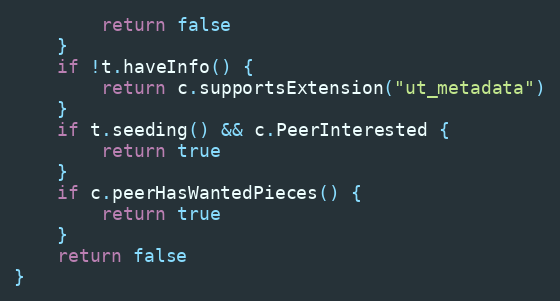
Language: Go
		return false
	}
	if !t.haveInfo() {
		return c.supportsExtension("ut_metadata")
	}
	if t.seeding() && c.PeerInterested {
		return true
	}
	if c.peerHasWantedPieces() {
		return true
	}
	return false
}